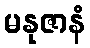
မနုဇာနံ